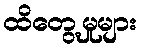
ထိတွေ့မှုများ